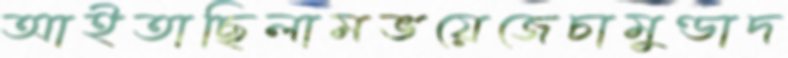
আইতাছিলামভয়েজেচামুণ্ডাদ